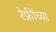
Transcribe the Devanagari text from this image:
रेफ्रींच्या